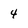
Character: 4